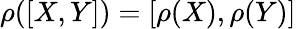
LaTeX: \rho([X,Y])=[\rho(X),\rho(Y)]